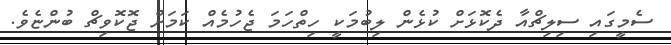
ސެމީގައި ސިލިޗްއާ ދެކޮޅަށް ކުޅެން ލިބުމަކީ ހިތްހަމަ ޖެހުމެއް ކަމަށް ޖޮކޮވިޗް ބުންޏެވެ.